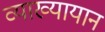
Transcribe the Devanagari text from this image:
व्याख्यायान